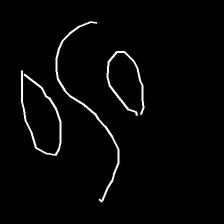
Glyph: water